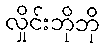
လှိုင်းဘိုဘို